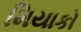
મિયાકો